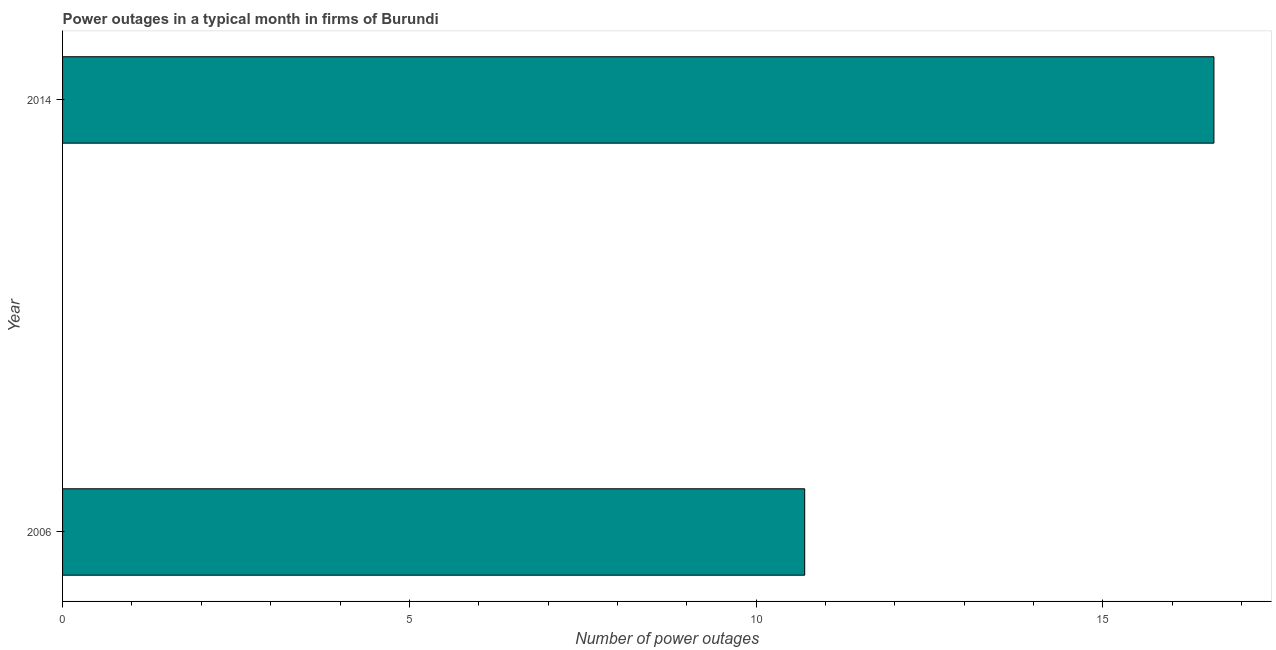
| Year | Power outages |
 | --- | --- |
 | 2006 | 10.7 |
 | 2014 | 16.6 |